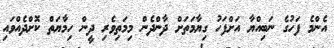
އެންމެ ފަހުގެ ނަބިއްޔާ އަށްފަހު ގިޔާމަތަށް ދާންދެން މިމަތިވެރި ދީން ހިމާޔަތް ކޮށްދެއްވައި